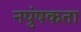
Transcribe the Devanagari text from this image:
नपुंषकता